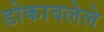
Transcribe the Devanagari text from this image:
डोकावलेले